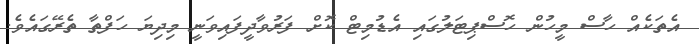
އެތަކެއް ހާސް މީހުން ހޮސްޕިޓަލުގައި އެޑުމިޓް ކޮށް ފަރުވާދީފައިވަނީ މިދިޔަ ހަފްތާ ތެރޭގައެވެ.